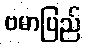
ဗမာပြည်